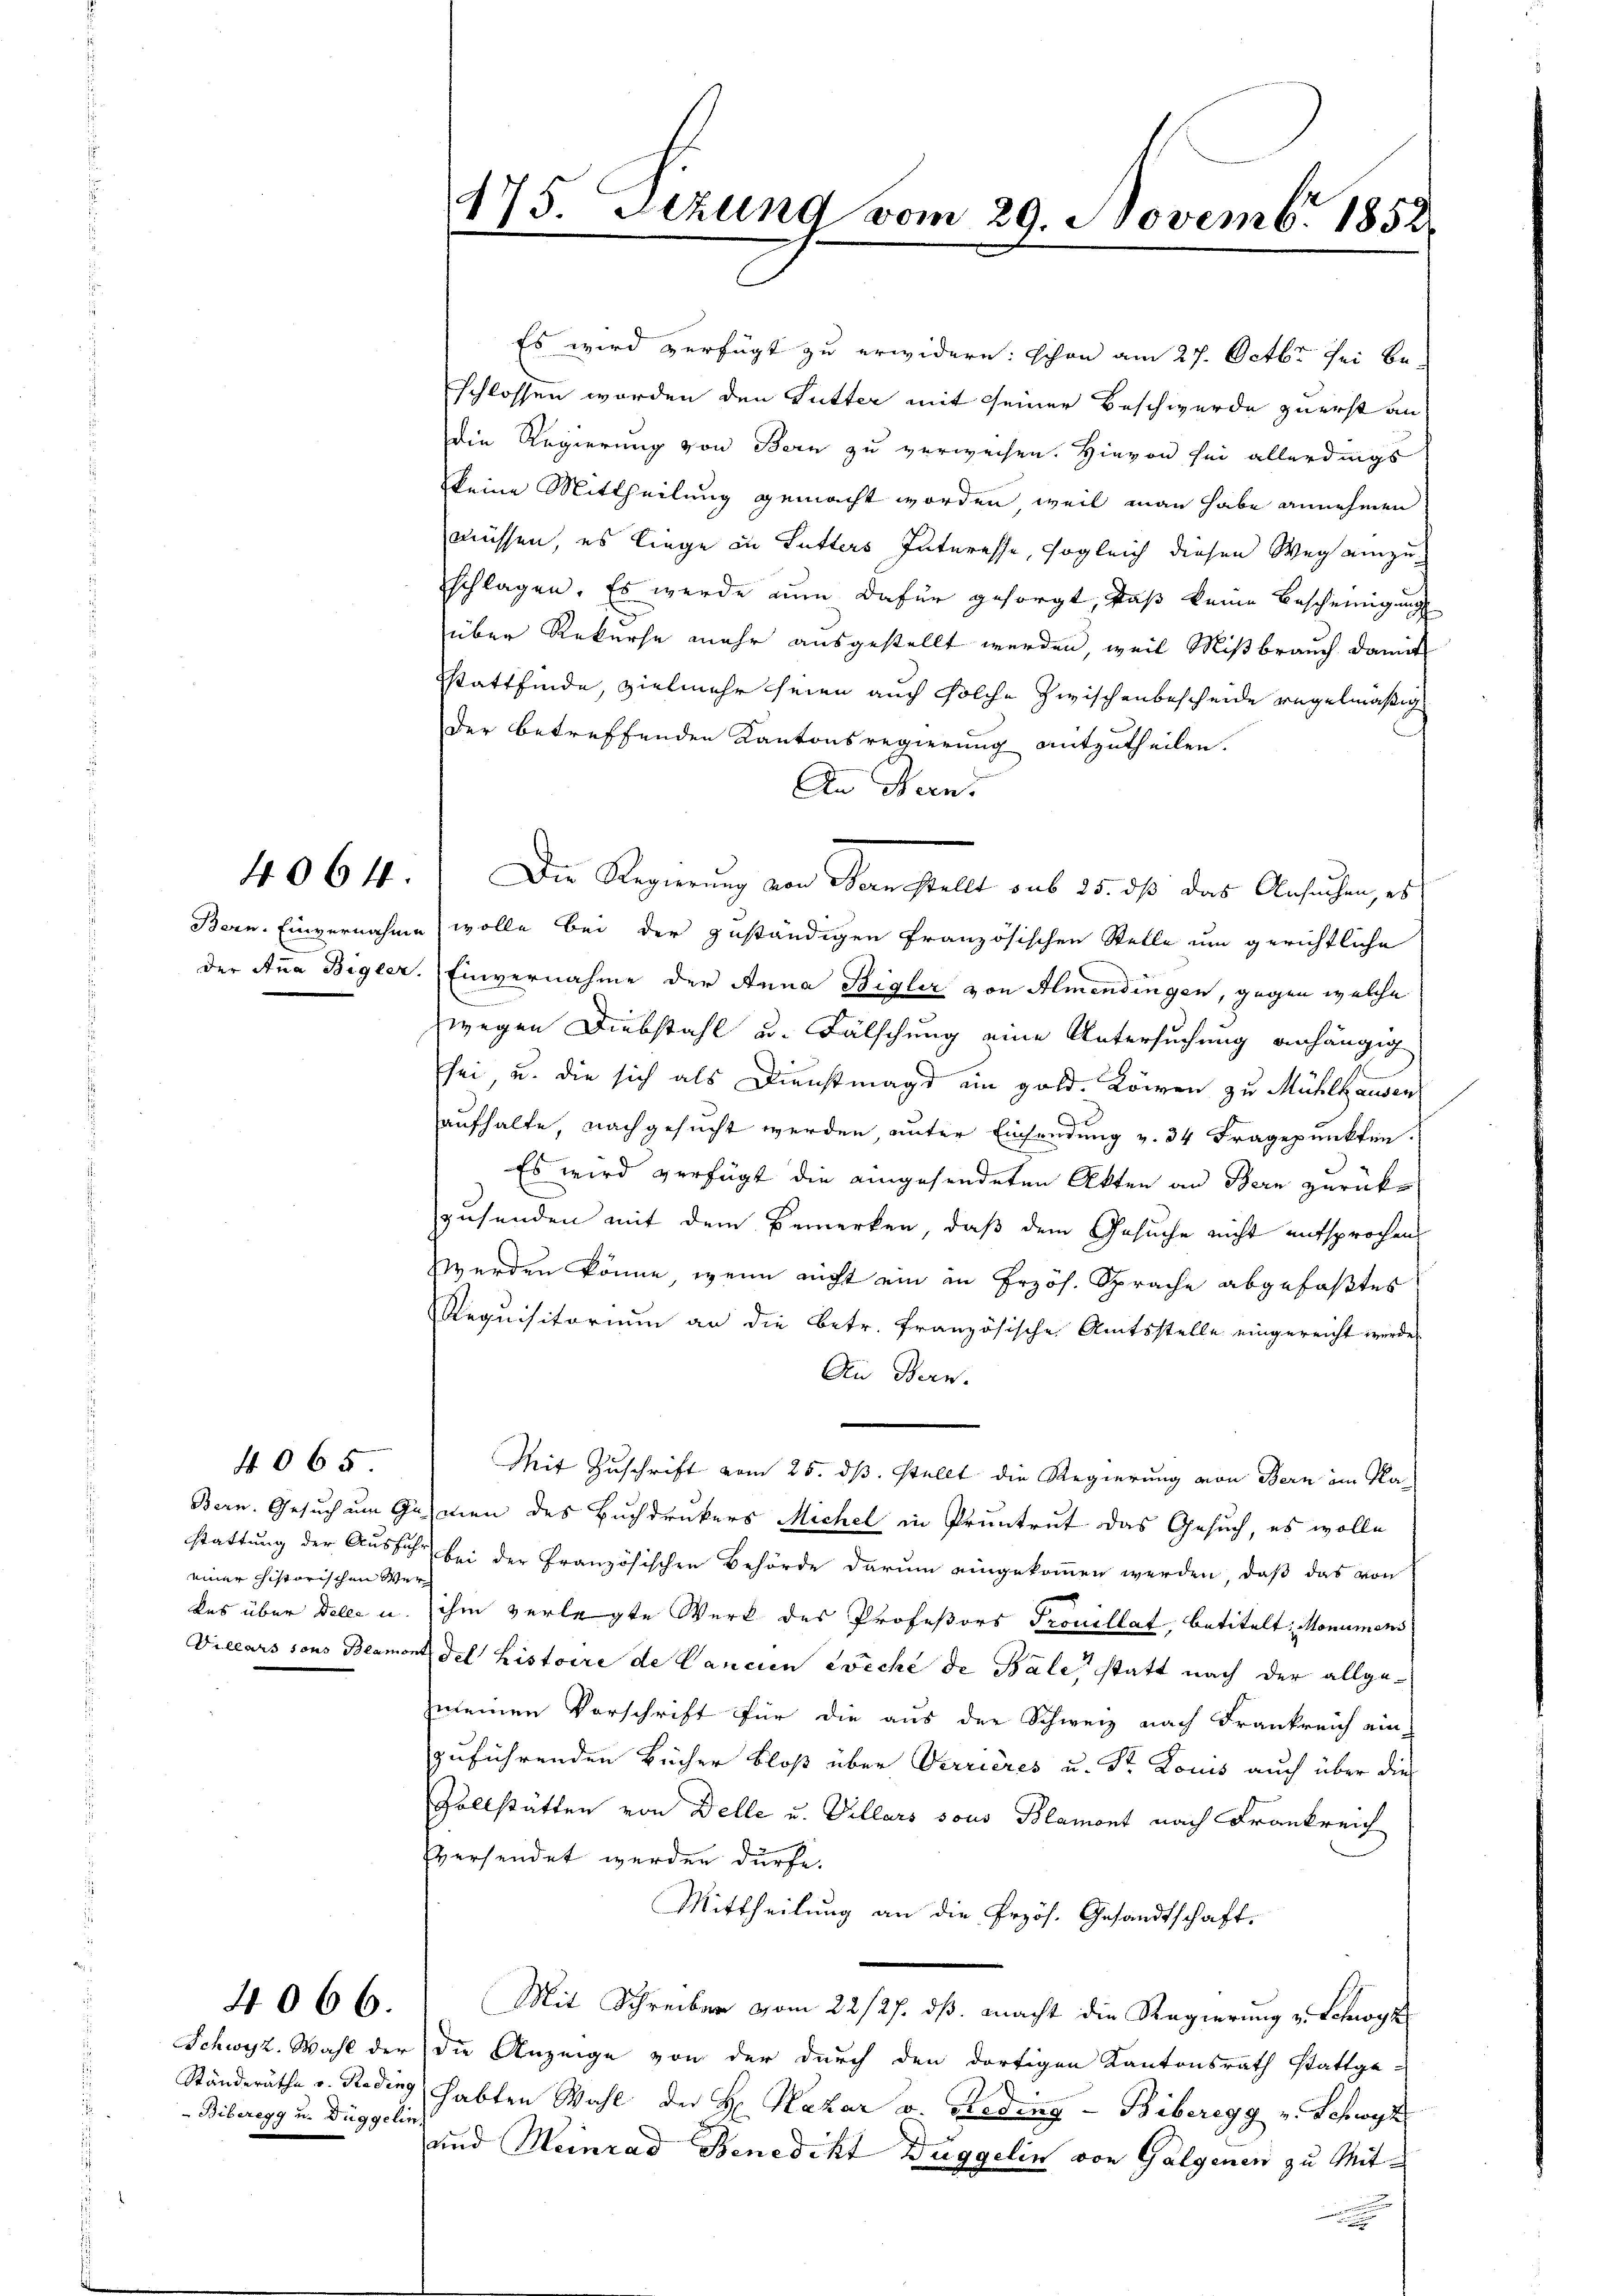
einer historischen Ver¬

4065

4066.

Biberegg u. Duggelin

Es wird verfügt zu erwidern: schon am 27. Octbr. sei Beschlossen worden den Futter mit seiner Beschwerde zuerst an
die Regierung von Bern zu verweisen. Hievon sei allerdings
keine Mittheilung gemacht worden, weil man habe annehmen
müssen, es liege in Lutters Interesse, sogleich diesen Weg einzu-
schlagen. Es werde zum dafür gesorgt, daß keine Bescheinigung
über Rekurse mehr ausgestellt werden, weil Mißbrauch damit
Stattfinde, vielmehr seien auch solche zwischenbescheide regelmäßig
.
der betreffenden Kantonsregierung mitzutheilen.
An Hern.
4064.) Die Regierung von Hermstellt sub 25. dß das Ansuchen, es
Bern. Einvernahme wolle bei der zuständigen französischen Stelle um gerichtliche
der Anna Bigler. Einvernahme der Anna Bigler von Almendingen, gegen welche
wegen Diebstahl u. Fälschung eine Untersuchung anhängig
sei, u. die sich als Dienstmagd ein gold. Können zu Mühlhausen
aufhalte, nachgesucht werden, unter Einsendung v. 34 Fragepunkten.
Es wird verfügt die eingesendeten Akten an Bern zurücke
rusenden mit dem Bemerken, daß dem Gesuche nicht entsprochen
werden könne, wenn nicht ein an Frzös. Sprache abgefaßtes
Requisitorium an die Betr. Französische Amtsstelle eingereicht werden
An Bern.
Mit Zuschrift vom 25. ds. stellt die Regierung von Bern im Na-
Bern. Gesuch um Gasmen des Buchdruckers Michel in Pruntrut das Gesuch, es wolle
stattung der Aussich bei der Französischen Behörde darum eingekommen werden, daß das von
das über delle u. ihm verlegte Werk des Profeßors Trouillat, betitelt: Monumens
Villars sons Beamont del histoire de Cancien zwecke de Bale, statt nach der allgemeinen Vorschrift für die aus der Schweiz nach Frankreich ein-
zuführenden Bücher bloß über Verrieres u. Dr. Locus auch über die
Vollstätten von Delle u. Villars sous Blamont nach Frankreich
versendet werden dürfe.
Mittheilung an die Erzös. Gesandtschaft.
Mit Schreiber vom 22/27. ds. macht die Regierung v. Schwyz
Schwyz. Wahl der die Anzeige von der durch den dortigen Kantonsrath stattge-
Ständeräthe v. Reding habten Wahl der H. Nazar a. Beding - Biberegg v. Schwyz
und Meinrad Benedikt Diggelin von Galgenen zu Mite

475. Sitzung vom 29. Novembr 1858
f